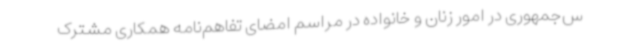
س‌جمهوری در امور زنان و خانواده در مراسم امضای تفاهم‌نامه همکاری مشترک